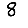
Digit: 8